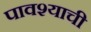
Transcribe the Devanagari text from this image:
पावश्याची